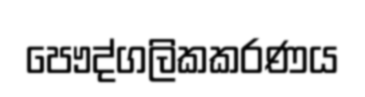
පෞද්ගලිකකරණය